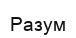
Разум